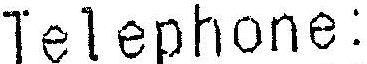
TELEPHONE: